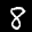
Label: 8